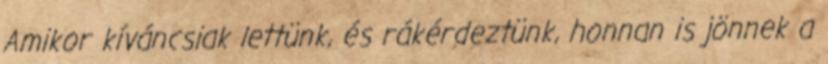
Amikor kíváncsiak lettünk, és rákérdeztünk, honnan is jönnek a